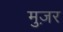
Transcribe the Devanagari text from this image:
मुज़र